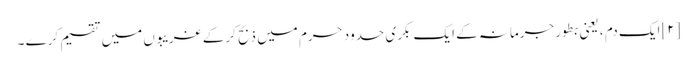
[۲] ایک دم ، یعنی بطور جرمانہ کے ایک بکری حدود حرم میں ذبح کرکے غریبوں میں تقسیم کرے ۔